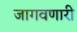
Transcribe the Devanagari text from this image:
जागवणारी